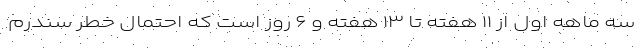
سه ماهه اول از ۱۱ هفته تا ۱۳ هفته و ۶ روز است که احتمال خطر سندرم